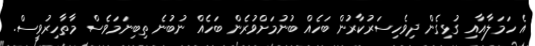
އެ ހަމަލާއާއި ގުޅިގެން ދިވެހިސަރުކާރުން ބަހެއް ބުނުމަށްވުރެން ބަހެއް ނުބުނެ ތިބިނަމަވެސް މާތާހިރުވީސް.